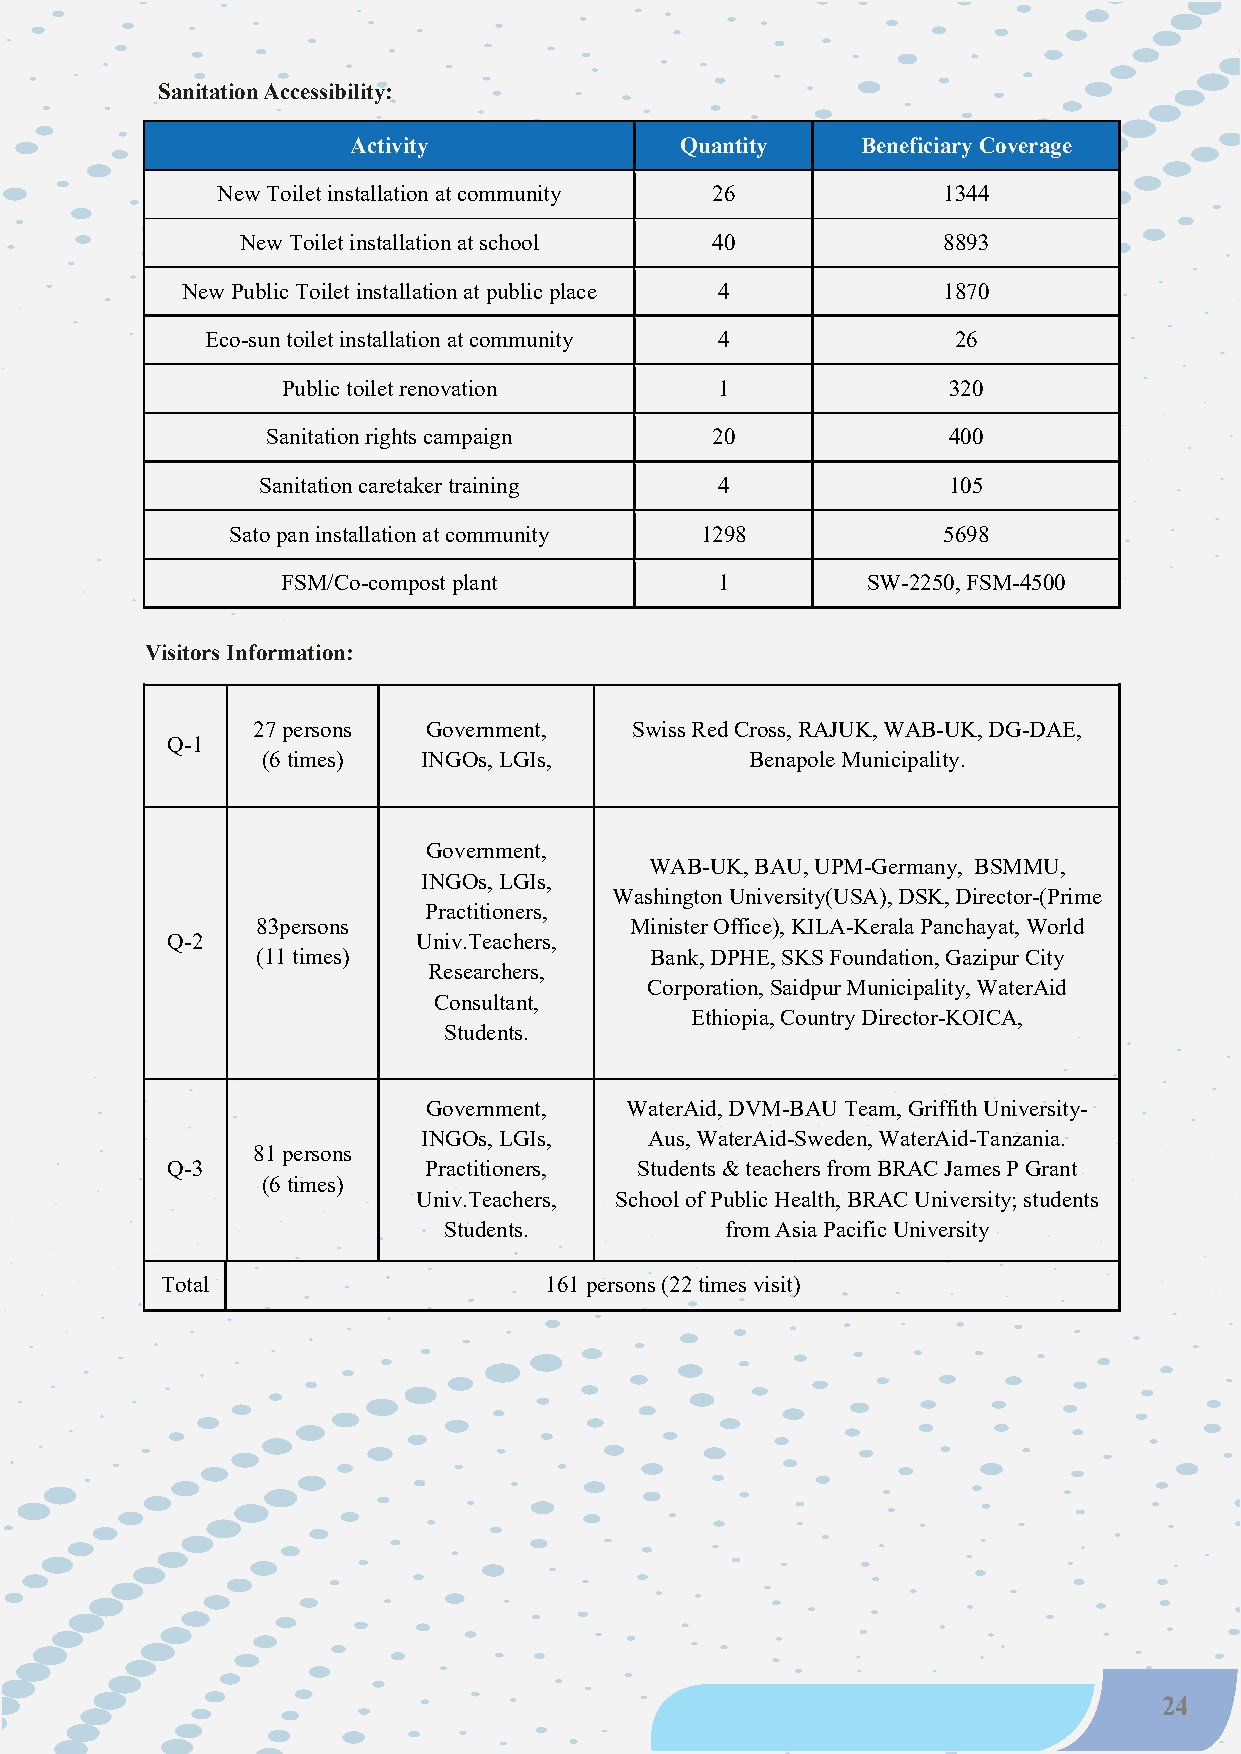
Sanitation Accessibility:
 Activity              Quantity    Beneficiary Coverage
 New Toilet installation at community 26         1344
 New Toilet installation at school 40          8893
 New Public Toilet installation at public place 4  1870
 Eco-sun toilet installation at community 4       26
 Public toilet renovation    1               320
 Sanitation rights campaign   20              400
 Sanitation caretaker training 4               105
 Sato pan installation at community 1298        5698
 FSM/Co-compost plant        1         SW-2250, FSM-4500
 Visitors Information:
 27 persons Government,   Swiss Red Cross, RAJUK, WAB-UK, DG-DAE,
 Q-1
 (6 times)  INGOs, LGIs,          Benapole Municipality.
 Government,
 WAB-UK, BAU, UPM-Germany, BSMMU,
 INGOs, LGIs,
 Washington University(USA), DSK, Director-(Prime
 Practitioners,
 83persons                Minister Office), KILA-Kerala Panchayat, World
 Q-2              Univ.Teachers,
 (11 times)                Bank, DPHE, SKS Foundation, Gazipur City
 Researchers,
 Corporation, Saidpur Municipality, WaterAid
 Consultant,
 Ethiopia, Country Director-KOICA,
 Students.
 Government,  WaterAid, DVM-BAU Team, Griffith University-
 INGOs, LGIs,   Aus, WaterAid-Sweden, WaterAid-Tanzania.
 81 persons
 Q-3              Practitioners, Students & teachers from BRAC James P Grant
 (6 times)
 Univ.Teachers, School of Public Health, BRAC University; students
 Students.          from Asia Pacific University
 Total                    161 persons (22 times visit)
 24